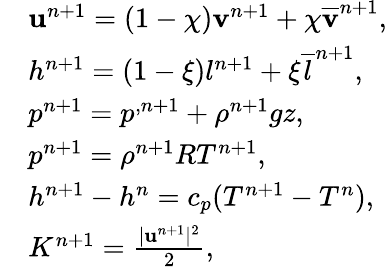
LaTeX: \begin{array}{rl}&{\mathbf u^{n+1}=(1-\chi){\mathbf v}^{n+1}+\chi\overline{{\mathbf v}}^{n+1},}\\ &{h^{n+1}=(1-\xi){l}^{n+1}+\xi\overline{{l}}^{n+1},}\\ &{p^{n+1}=p^{,n+1}+\rho^{n+1}gz,}\\ &{p^{n+1}=\rho^{n+1}RT^{n+1},}\\ &{h^{n+1}-h^{n}=c_{p}(T^{n+1}-T^{n}),}\\ &{K^{n+1}=\frac{|\mathbf u^{n+1}|^{2}}{2},}\end{array}